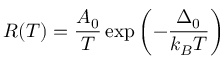
R ( T ) = \frac { A _ { 0 } } { T } \exp \left( - \frac { \Delta _ { 0 } } { k _ { B } T } \right)